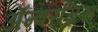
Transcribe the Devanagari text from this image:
ॲम्बरग्रिस